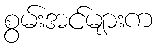
စွမ်းအင်များက